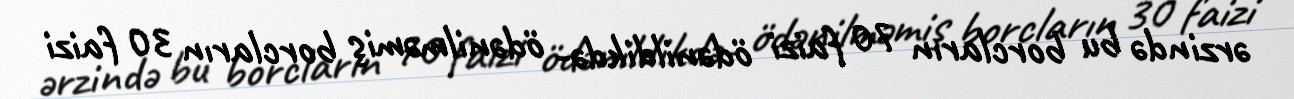
ərzində bu borcların 70 faizi ödənildikdə- ödənilməmiş borcların 30 faizi